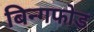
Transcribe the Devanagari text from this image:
बिन्गफोड